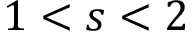
1 < s < 2